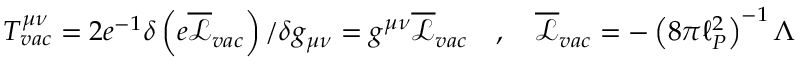
\begin{array} { r } { T _ { v a c } ^ { \mu \nu } = 2 e ^ { - 1 } \delta \left( e \overline { { \mathcal { L } } } _ { v a c } \right) / \delta g _ { \mu \nu } = g ^ { \mu \nu } \overline { { \mathcal { L } } } _ { v a c } \quad , \quad \overline { { \mathcal { L } } } _ { v a c } = - \left( 8 \pi \ell _ { P } ^ { 2 } \right) ^ { - 1 } \Lambda } \end{array}